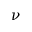
\nu